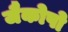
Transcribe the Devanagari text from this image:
जैकोपो